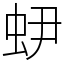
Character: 𧉅